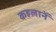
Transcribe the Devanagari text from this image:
कहलानें